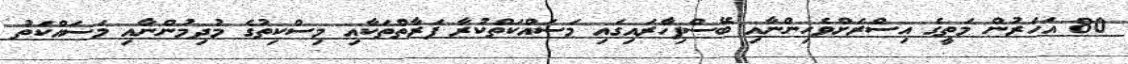
80 އަހަރުން މަތީގެ އިސްރަށްވެހިންނާއި ބޭސްފިހާރައިގައި މަސައްކަތްކުރާ ފަރާތްތަކާއި މިސްކިތުގެ މުދިމުންނާއި މަސައްކަތު